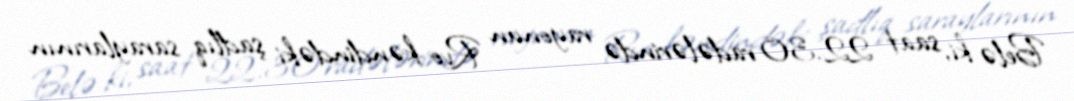
Belə ki, saat 22.30 radələrində rayonun Rvo kəndindəki şadlıq saraylarının